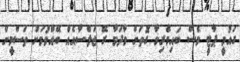
ގައުމީ ޕާޓީ ވެސް ބައިވެރިވާ ގޮތަށް މާދަމާ ރޭ ޖަލްސާއެއް ބޭއްވުމަށް ތަސްމީން